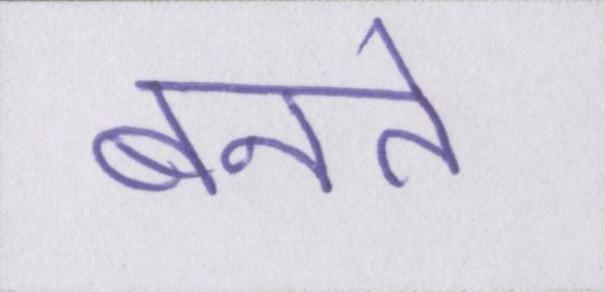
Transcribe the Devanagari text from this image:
बनते